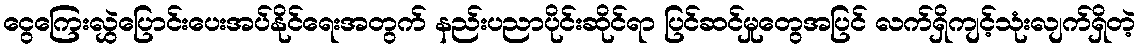
ငွေကြေးလွှဲပြောင်းပေးအပ်နိုင်ရေးအတွက် နည်းပညာပိုင်းဆိုင်ရာ ပြင်ဆင်မှုတွေအပြင် လက်ရှိကျင့်သုံးလျက်ရှိတဲ့